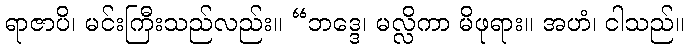
ရာဇာပိ၊ မင်းကြီးသည်လည်း။ “ဘဒ္ဒေ၊ မလ္လိကာ မိဖုရား။ အဟံ၊ ငါသည်။